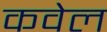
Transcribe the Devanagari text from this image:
कवेल